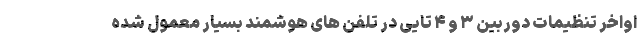
اواخر تنظیمات دوربین ۳ و ۴ تایی در تلفن های هوشمند بسیار معمول شده